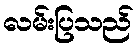
လမ်းပြသည်